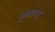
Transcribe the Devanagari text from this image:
मूनडांस